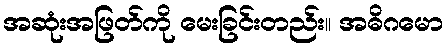
အဆုံးအဖြတ်ကို မေးခြင်းတည်း။ အဓိဂမော